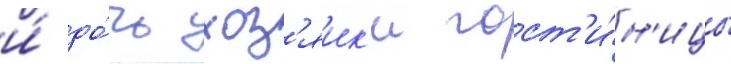
и́ до́чь хоз'яик'и гост'и́н'ицы